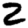
Digit: 2